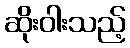
ဆိုးဝါးသည့်